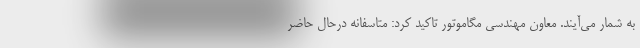
به شمار می‌آیند. معاون مهندسی مگاموتور تاکید کرد: متاسفانه درحال حاضر